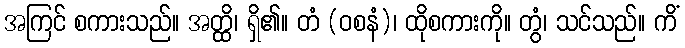
အကြင် စကားသည်။ အတ္ထိ၊ ရှိ၏။ တံ (ဝစနံ)၊ ထိုစကားကို။ တွံ၊ သင်သည်။ ကိံ